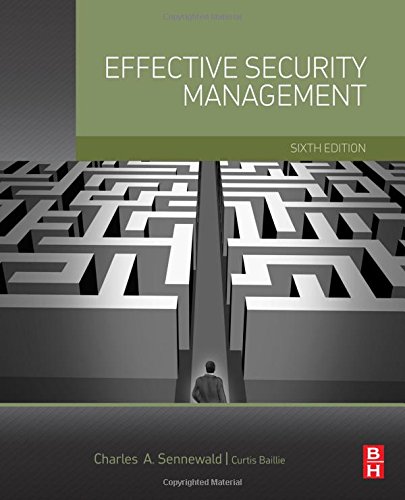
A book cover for Effective Security Management, Sixth Edition; Charles A. Sennewald CPP; Business & Money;